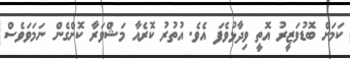
ކަމަށް ބޮޑުވަޒީރު އޮތީ ވިދާޅުވެފަ އެވެ. އުތުރު ކޮރެއާ މަޝްވަރާ ކޮށްގެން ނަމަވަވެސް